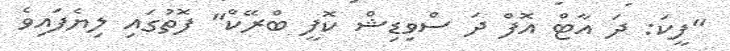
"ފީކަ: ދަ އާޓް އޮފް ދަ ސްވިޑިޝް ކޮފީ ބްރޭކް" ފޮތުގައި ލިޔެފައިވެ